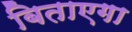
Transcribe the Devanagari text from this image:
बिताएगा